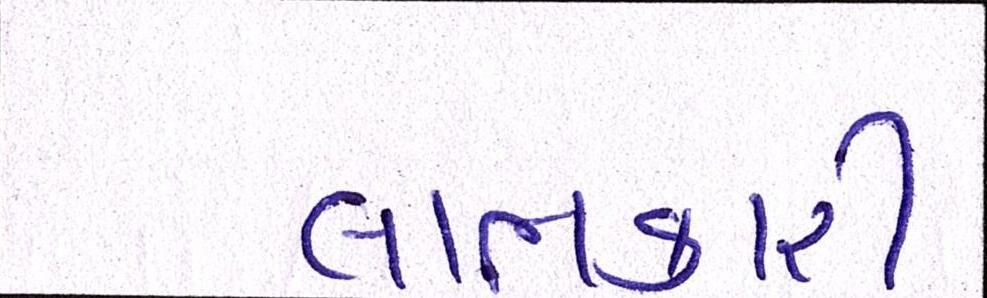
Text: લાભકારી